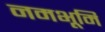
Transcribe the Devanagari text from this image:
नमभूमि